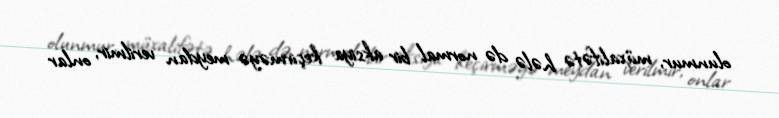
olunmur, müxalifətə hələ də normal bir aksiya keçirməyə meydan verilmir, onlar